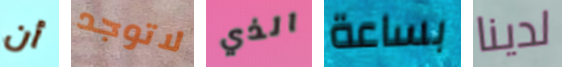
أن لاتوجد الذي بساعة لدينا